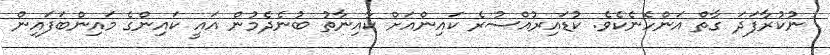
ނުކުރާފަދަ ގާތް އަންހެނެކެވެ. ކުޑައިރުއްސުރެ ކައިންއަށް ކާއިނާތު ބުނެދެމުން އައީ ކައިންގެ މައިންބަފައިން